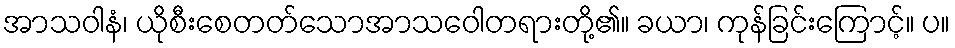
အာသဝါနံ၊ ယိုစီးစေတတ်သောအာသဝေါတရားတို့၏။ ခယာ၊ ကုန်ခြင်းကြောင့်။ ပ။